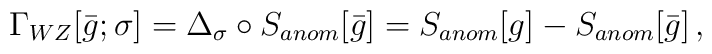
\Gamma_{WZ}[\bar g;\sigma] = \Delta_{\sigma}\circ S_{anom}[\bar g]= S_{anom}[g] - S_{anom}[\bar g]\,,